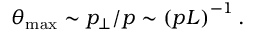
\theta _ { \operatorname * { m a x } } \sim p _ { \perp } / p \sim \left( p L \right) ^ { - 1 } .